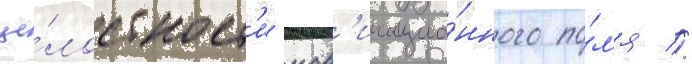
це́лостност'и нав'игацио́нного по́л'я //